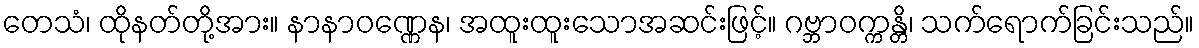
တေသံ၊ ထိုနတ်တို့အား။ နာနာဝဏ္ဏေန၊ အထူးထူးသောအဆင်းဖြင့်။ ဂဗ္ဘာဝက္ကန္တိ၊ သက်ရောက်ခြင်းသည်။